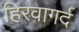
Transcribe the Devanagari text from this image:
हिरवागर्द